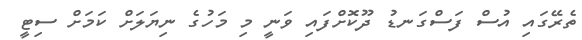
ތެރޭގައި އުސް ފަސްގަނޑު ދޫކޮށްފައި ވަނީ މި މަހުގެ ނިޔަލަށް ކަމަށް ސިޓީ